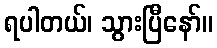
ရပါတယ်၊ သွားပြီနော်။